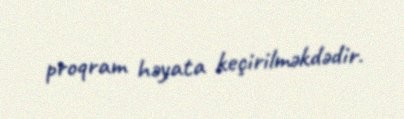
proqram həyata keçirilməkdədir.